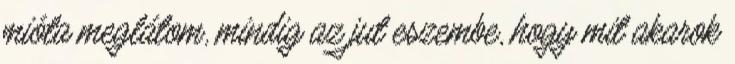
mióta meglátom, mindig az jut eszembe, hogy mit akarok